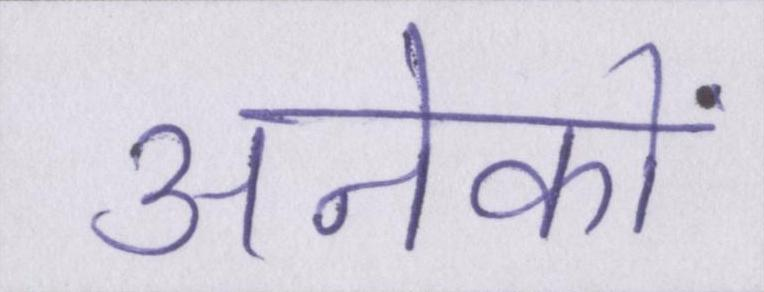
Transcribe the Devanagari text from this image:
अनेकों